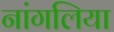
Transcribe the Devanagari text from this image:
नांगलिया